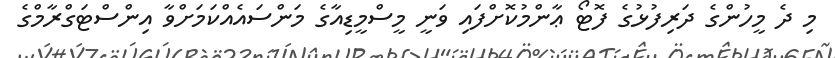
މި ދެ މީހުންގެ ދަރިފުޅުގެ ފޮޓޯ ޢާންމުކޮށްފައި ވަނީ މީސްމީޑިއާގެ މަންސައެއްކަމަށްވާ އިންސްޓަގްރާމްގެ